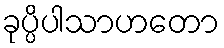
ခုပ္ပိပါသာဟတော